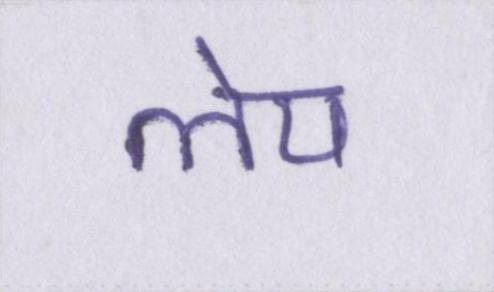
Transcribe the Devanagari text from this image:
लेप